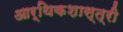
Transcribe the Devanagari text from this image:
आर्थिकशास्त्री